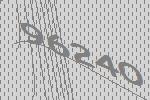
96240